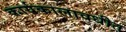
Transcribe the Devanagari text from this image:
कार्यकालावधीत